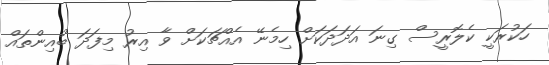
ހަކުރަކީ ކެލޮރީސް ގިނަ އަދަދަކަށް ހިމެނޭ އެއްޗަކަށް ވާ އިރު މިފަދަ ބުއިންތައް